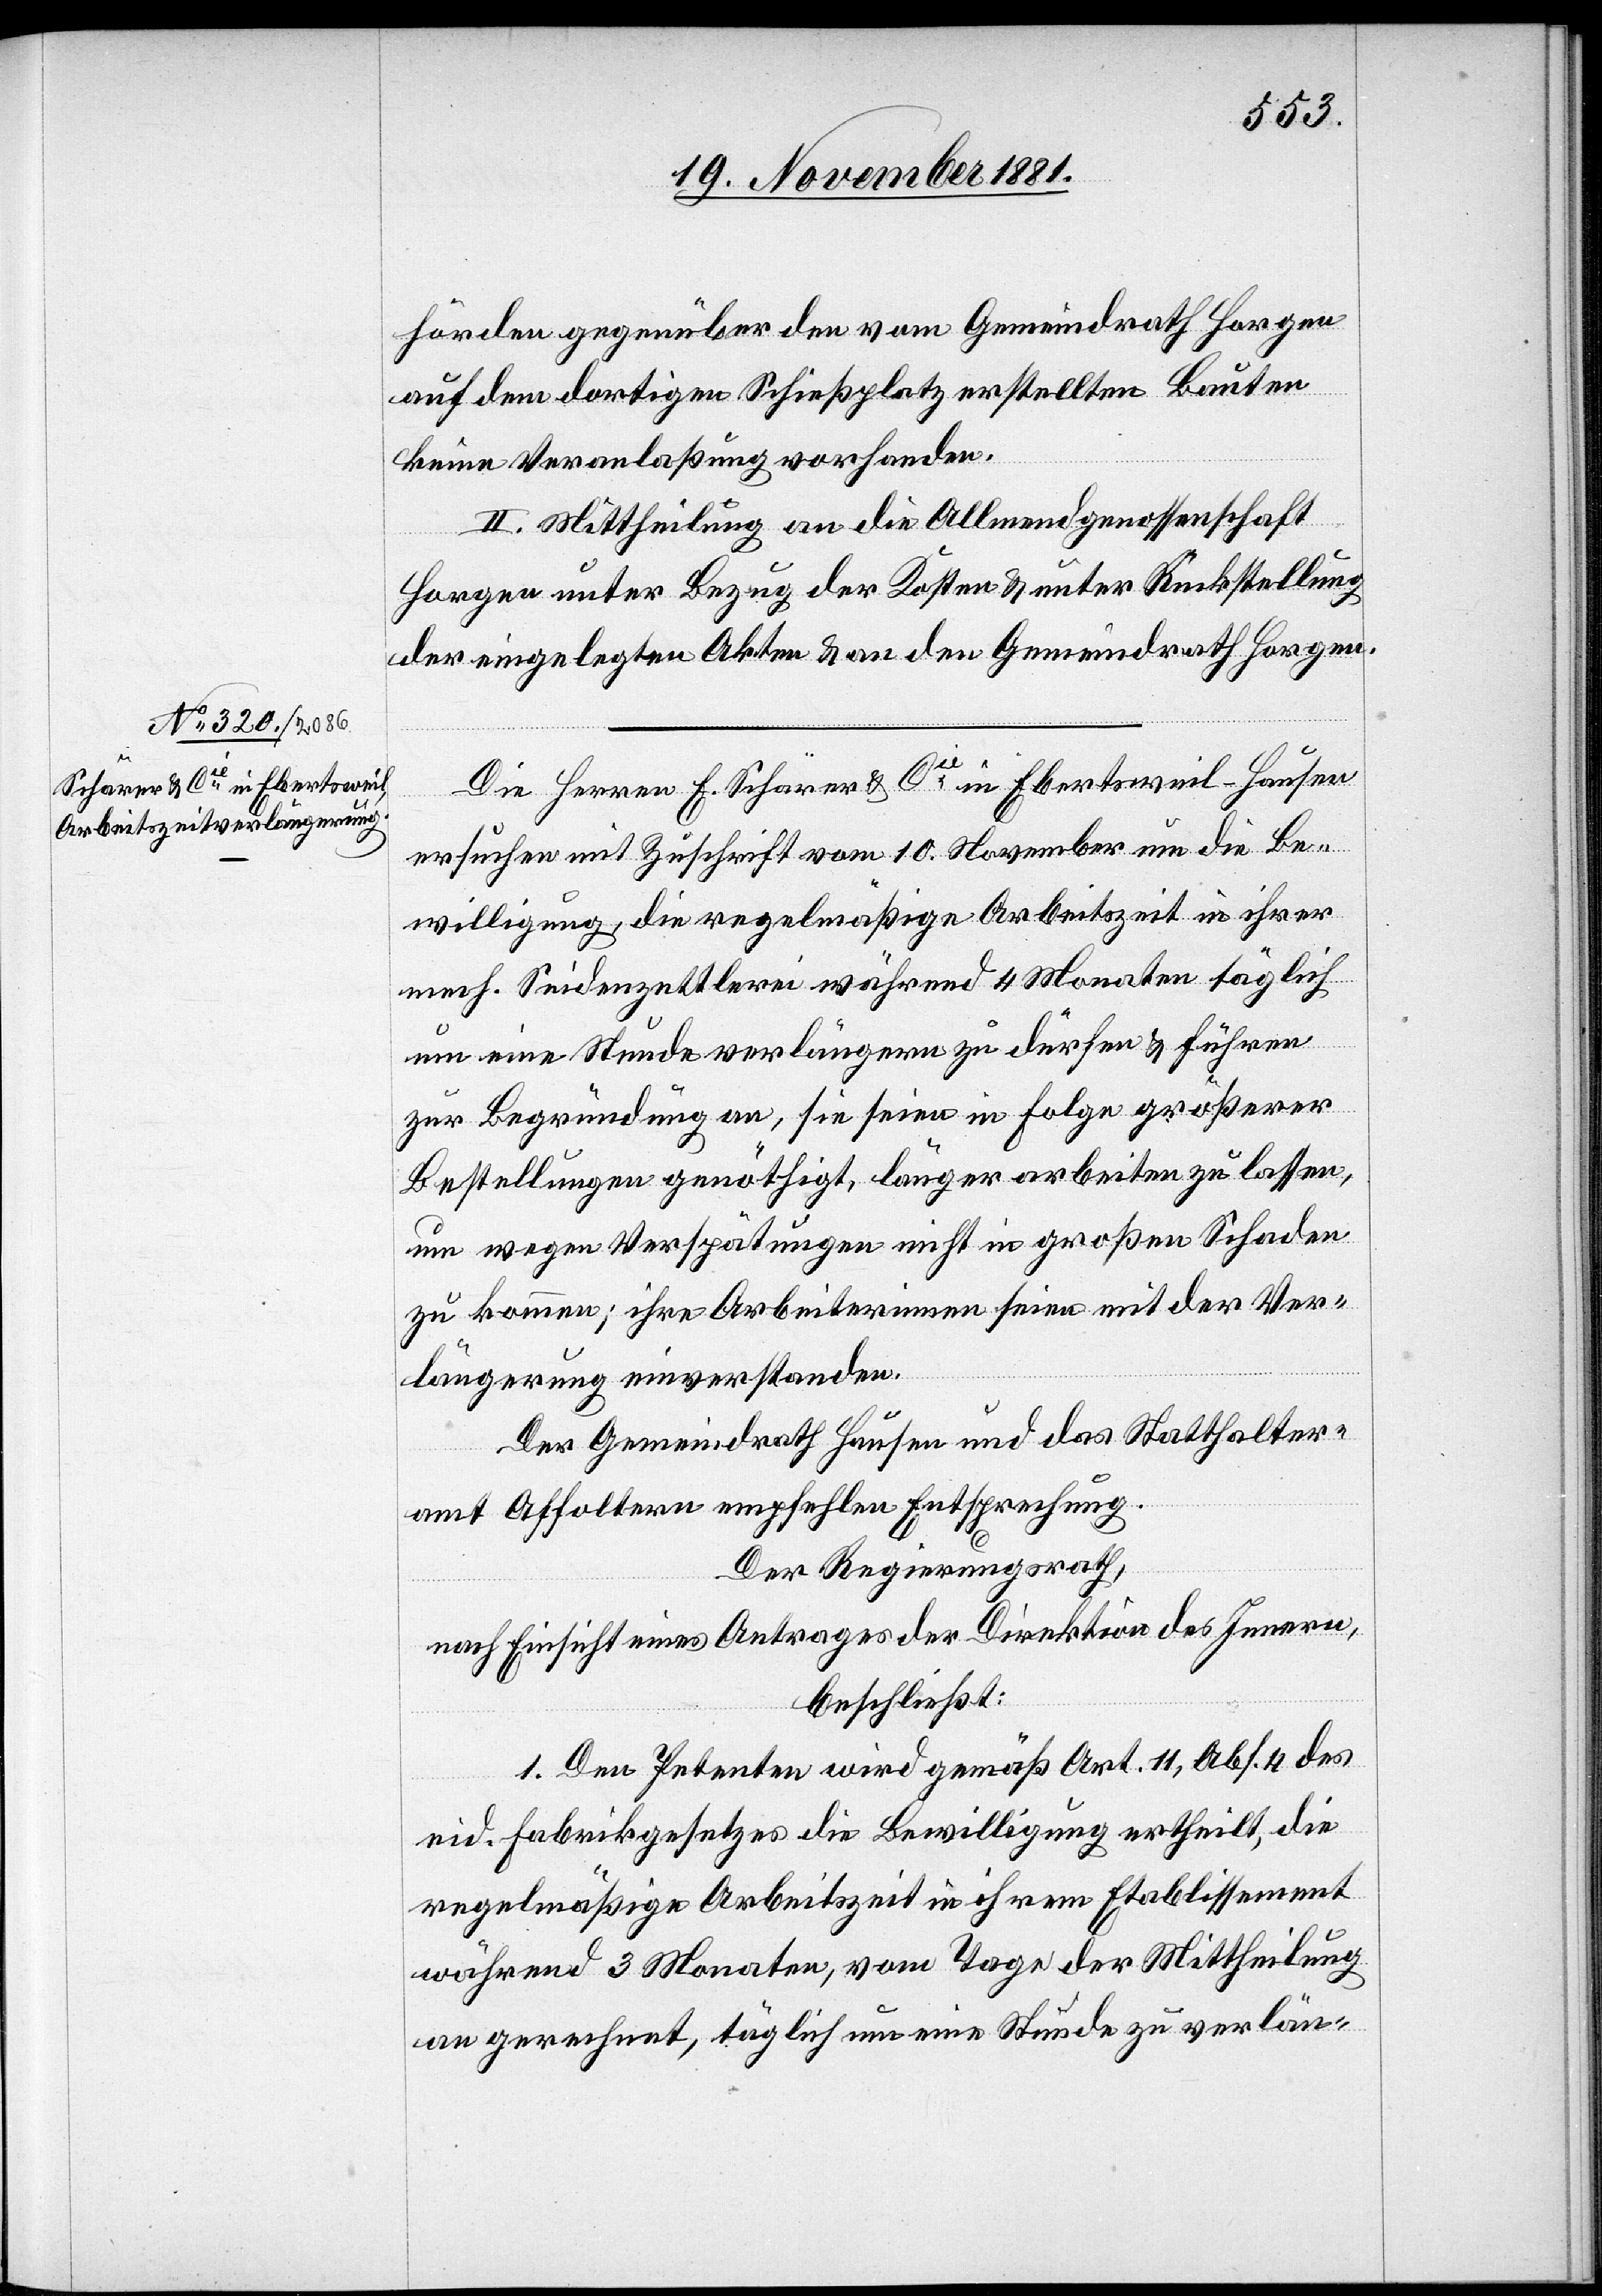
hörden gegenüber den vom Gemeindrath Horgen
auf dem dortigen Schießplatz erstellten Bauten
keine Veranlaßung vorhanden.
II. Mittheilung an die Allmendgenossenschaft
Horgen unter Bezug der Kosten & unter Rückstellung
der eingelegten Akten & an den Gemeindrath Horgen.
Die Herren E. Schärer & Cie in Ebertsweil - Hausen
ersuchen mit Zuschrift vom 10. November um die Be¬
willigung, die regelmäßige Arbeitszeit in ihrer
mech. Seidenzettlerei während 4 Monaten täglich
um eine Stunde verlängern zu dürfen & führen
zur Begründung an, sie seien in Folge größerer
Bestellungen genöthigt, länger arbeiten zu lassen,
um wegen Verspätungen nicht in großen Schaden
zu kommen; ihre Arbeiterinnen seien mit der Ver¬
längerung einverstanden.
Der Gemeindrath Hausen und das Statthalter¬
amt Affoltern empfehlen Entsprechung.
Der Regierungsrath,
nach Einsicht eines Antrages der Direktion des Innern,
beschließt:
1. Den Petenten wird gemäß Art. 11, Abs. 4 des
eid. Fabrikgesetzes die Bewilligung ertheilt, die
regelmäßige Arbeitszeit in ihrem Etablissement
während 3 Monaten, vom Tage der Mittheilung
an gerechnet, täglich um eine Stunde zu verlän-